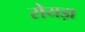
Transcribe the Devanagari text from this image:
रोयड़ा